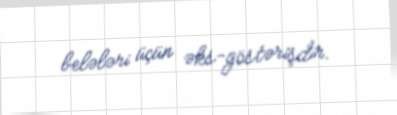
belələri üçün əks-göstərişdir.